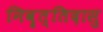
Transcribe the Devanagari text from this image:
निवॄत्तिदासु